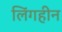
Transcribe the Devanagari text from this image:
लिंगहीन